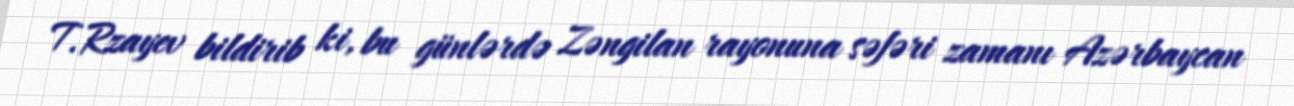
T.Rzayev bildirib ki, bu günlərdə Zəngilan rayonuna səfəri zamanı Azərbaycan